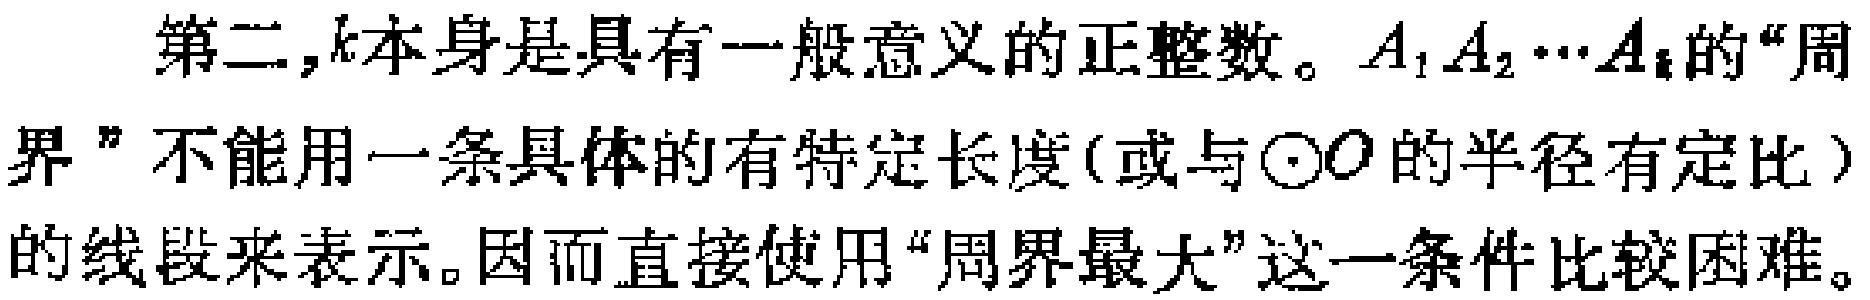
第二,$k$本身是具有一般意义的正整数。$A_1A_2\cdots A_k$的“周界”不能用一条具体的有特定长度(或与$\odot O$的半径有定比）的线段来表示。因而直接使用“周界最大”这一条件比较困难。